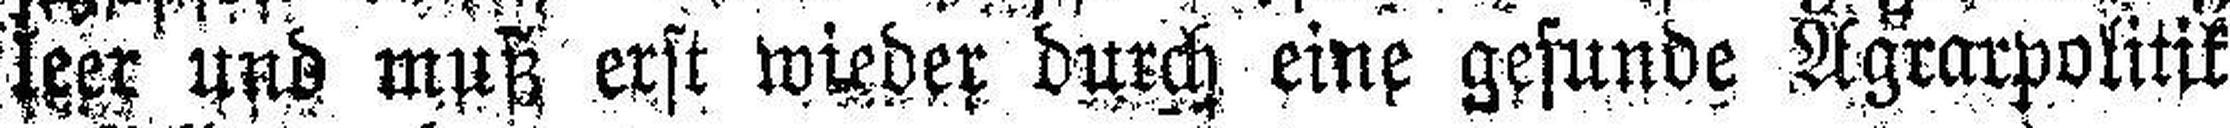
leer und muß erst wieder durch eine gesunde Agrarpolitik